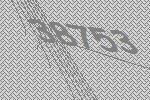
38753